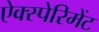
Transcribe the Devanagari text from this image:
ऐक्स्पेरिमेंट